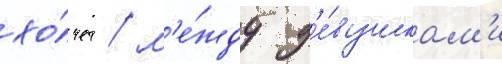
хо́чет / м'е́жду д'е́вушкам'и